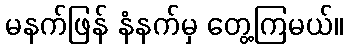
မနက်ဖြန် နံနက်မှ တွေ့ကြမယ်။